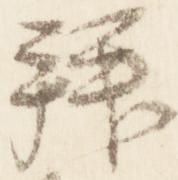
拝